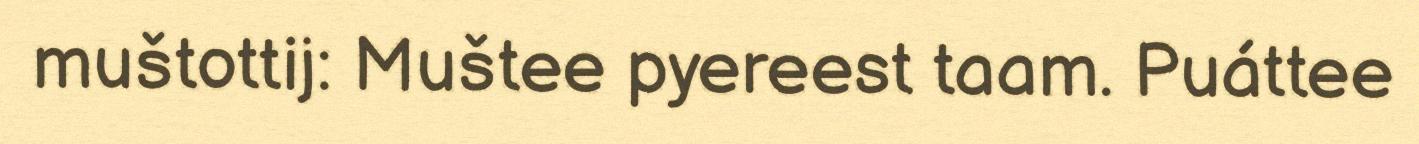
muštottij: Muštee pyereest taam. Puáttee